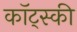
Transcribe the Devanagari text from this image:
कॉट्स्की